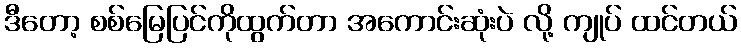
ဒီတော့ စစ်မြေပြင်ကိုထွက်တာ အကောင်းဆုံးပဲ လို့ ကျုပ် ထင်တယ်